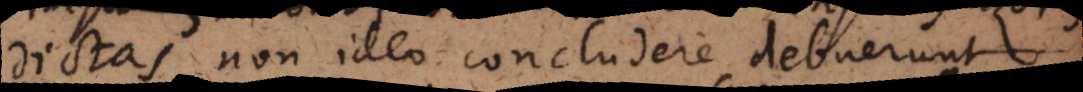
dictas, non ideo concludere debuerunt